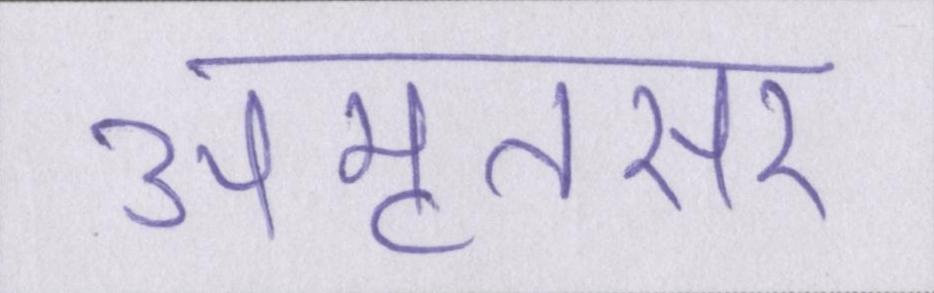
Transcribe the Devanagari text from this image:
अमृतसर